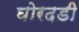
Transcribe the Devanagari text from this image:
घोरदडी